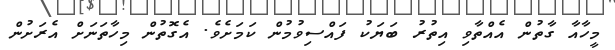
މީހާއާ ގާތުން އެއްތާވި އިތުރު ބަޔަކު ފައްސިވުމުން ކަމަށެވެ. އެގޮތުން މިހާތަނަށް އެރަށުން